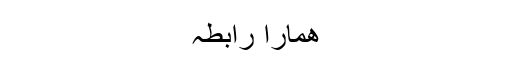
ھمارا رابطہ